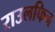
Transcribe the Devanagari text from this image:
राउलफिन